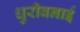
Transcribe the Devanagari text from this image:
धुरीबनाई